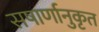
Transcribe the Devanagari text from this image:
सषार्णानुकृत